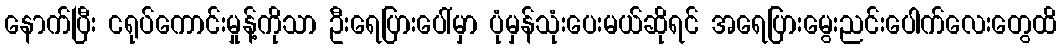
နောက်ပြီး ငရုပ်ကောင်းမှုန့်ကိုသာ ဦးရေပြားပေါ်မှာ ပုံမှန်သုံးပေးမယ်ဆိုရင် အရေပြားမွေးညင်းပေါက်လေးတွေထိ